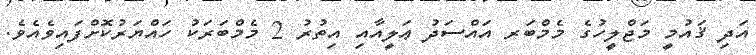
އަދި ޤައުމީ މަޖްލީހުގެ މެމްބަރ އައްސަދު ޢަލީއާއި އިތުރު 2 މެމްބަރަކު ހައްޔަރުކޮށްފައިވެއެވެ.